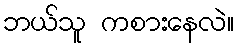
ဘယ်သူ ကစားနေလဲ။